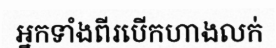
អ្នកទាំងពីរបើកហាងលក់